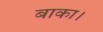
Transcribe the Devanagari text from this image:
बाका।